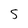
Character: S